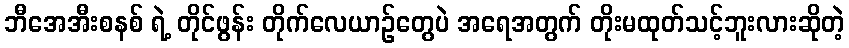
ဘီအေအီးစနစ် ရဲ့ တိုင်ဖွန်း တိုက်လေယာဉ်တွေပဲ အရေအတွက် တိုးမထုတ်သင့်ဘူးလားဆိုတဲ့